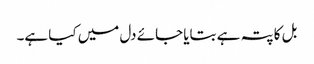
بل کا پتہ ہے بتایا جائے دل میں کیا ہے۔